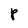
Character: P